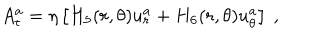
A _ { t } ^ { a } = \eta \left[ H _ { 5 } ( r , \theta ) u _ { r } ^ { a } + H _ { 6 } ( r , \theta ) u _ { \theta } ^ { a } \right] \ ,